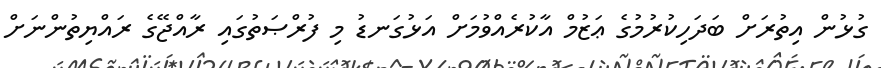
ގުޅުން އިތުރަށް ބަދަހިކުރުމުގެ ޢަޒުމް އާކުރެއްވުމަށް އަޅުގަނޑު މި ފުރްޞަތުގައި ރާއްޖޭގެ ރައްޔިތުންނަށް